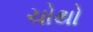
ચોથો